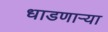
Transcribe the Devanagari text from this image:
धाडणार्‍या